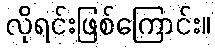
လိုရင်းဖြစ်ကြောင်း။